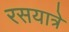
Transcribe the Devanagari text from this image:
रसयात्रे